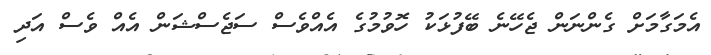
އެމަގާމަށް ގެންނަން ޖެހޭނެ ބޭފުޅަކު ހޮވުމުގެ އެއްވެސް ސަޖެސްޝަން އެއް ވެސް އަދި